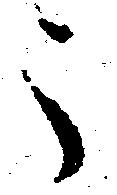
う